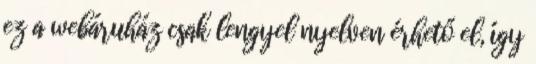
ez a webáruház csak lengyel nyelven érhető el, így